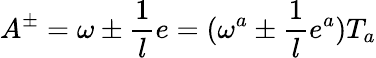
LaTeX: A^{\pm}=\omega\pm\frac{1}{l}e=(\omega^{a}\pm\frac{1}{l}e^{a})T_{a}